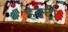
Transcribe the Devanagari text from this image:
हेक्ट्री